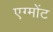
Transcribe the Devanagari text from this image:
एग्मोंट